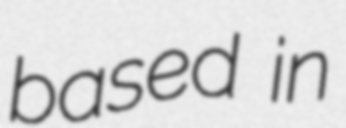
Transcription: based in